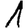
Digit: 1